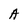
Character: A